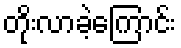
တိုးလာခဲ့ကြောင်း